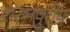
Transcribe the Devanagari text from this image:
शरभपुरीय